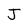
Character: J